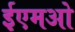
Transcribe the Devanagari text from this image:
ईएमओ